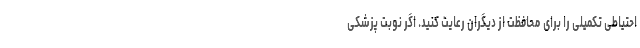
احتیاطی تکمیلی را برای محافظت از دیگران رعایت کنید. اگر نوبت پزشکی